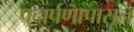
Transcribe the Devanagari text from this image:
पदार्पणापासून